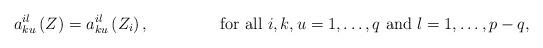
LaTeX: \begin{align*}a_{ku}^{il}\left(Z\right)=a_{ku}^{il}\left(Z_{i}\right),\quad\quad\quad\quad\mbox{ for all $i,k,u=1,\dots,q$ and $l=1,\dots,p-q$,}\end{align*}